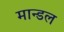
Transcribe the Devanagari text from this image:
मान्डल